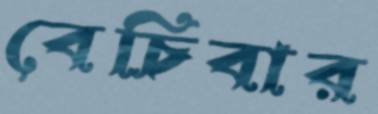
বেচিবার